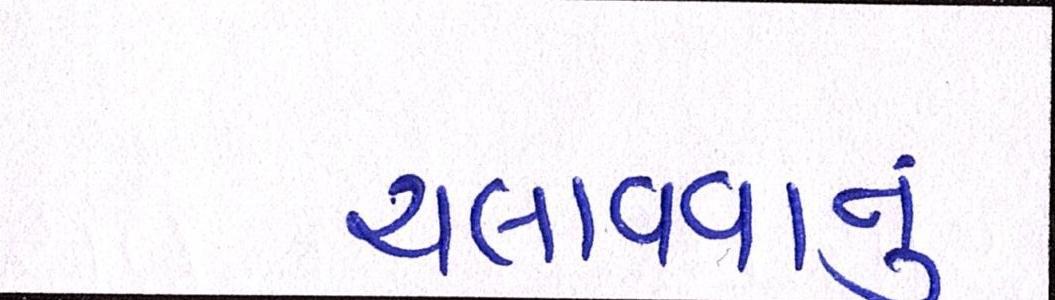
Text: ચલાવવાનુ